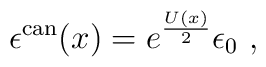
\epsilon^{\rm can}(x)  = e^{U(x) \over 2} \epsilon _{0} \ ,